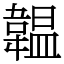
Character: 韞